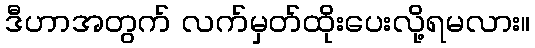
ဒီဟာအတွက် လက်မှတ်ထိုးပေးလို့ရမလား။